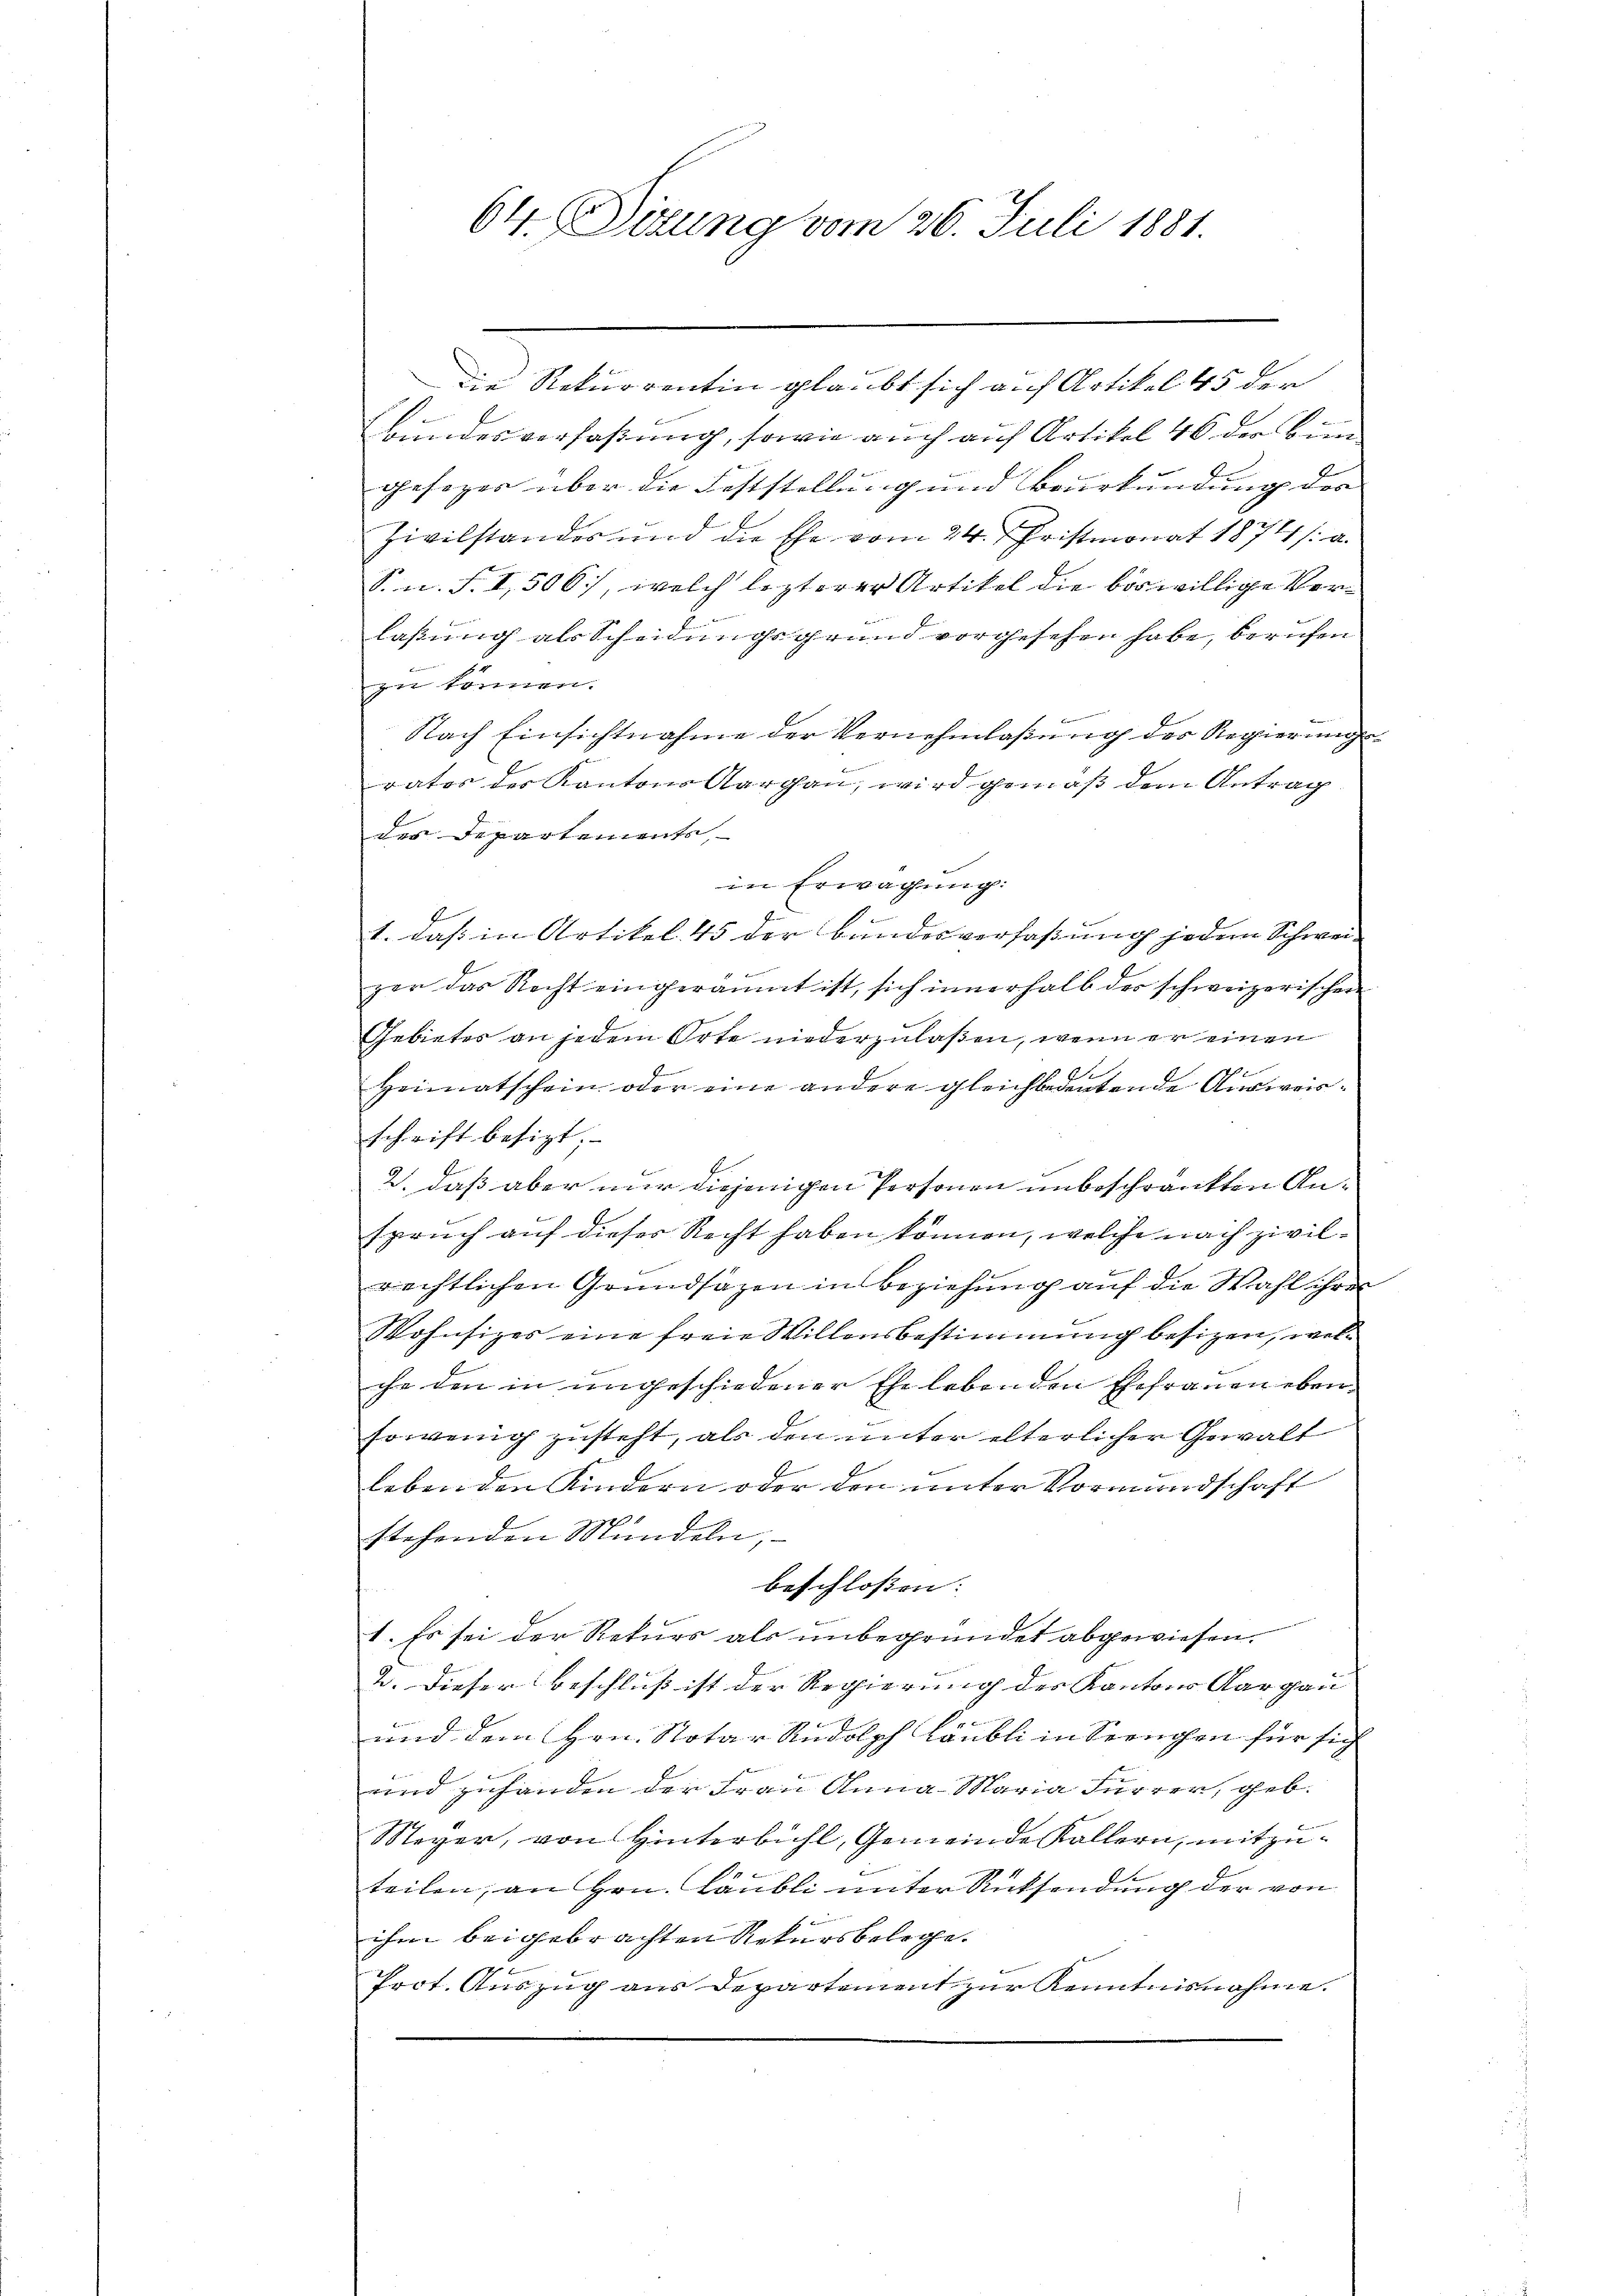
64. Sitzung vom 26. Juli 1881.

die Rekurrentin glaubt sich auf Artikel 45 der
Bundesverfaßung, sowie auch auf Artikel 46 der bin
gesager über die Feststellung und Beurkundung der |
Zivilstandes und die Ehe vom 24. Fristmonat 1874 /: a.
S. n. F. I, 506, welch lezterer Artikel die böswillige Verlaßung als Scheidungsgrund vorgesehen habe, berufen
zu können.
Nach Einsichtnahme der Vernehmlassung der Regierungsvates der Kantons Aargau, wird gemäß dem Antrag
des Departements,
in Erwägung:
.
1. daß in Artikel. 45 der Bandesverfaßung jedem Schwei-
ger das Recht eingeräumt ist, sich innerhalb des schweizerischen
Gebietes an jedem Orte niederzulaßen, wenn er einen
b
Heimatschein oder eine andere gleichbedeutende Ausweisschrift besizt.
2. daß aber nur diejenigen Personen unbeschränkten Anspruch auf dieses Recht haben können, welche nach zivilrechtlichen Grundsazen in Beziehung auf die Wahl ihres
Wohnsizes eine freie Willensbestimmung besizen, welche den in ungeschiedener Ehe lebenden Ehefrauen ebensowenig zusteht, als den unter elterlicher Gewalt
1
lebenden Kindern oder den unter Vormundschaft
stehenden Mündeln,
beschlossen: |
1. Es sei der Rekurs als unbegründet abgewiesen.
2. Dieser Beschluß ist der Regierung des Kantons Aargau
und dem Hrn. Notar Rudolph Läubli in Sprechen für sich
und zuhänden der Frau Anna Maria Furrer, geb.
Meyer, von Hinterbühl, Gemeinde Kollern, mitzuteilen, an Hrn. Läubli unter Rücksendung der von
ihm beigebrachten Rekursbelege.
Prot. Auszug aus Departement zur Kenntnisnahme.